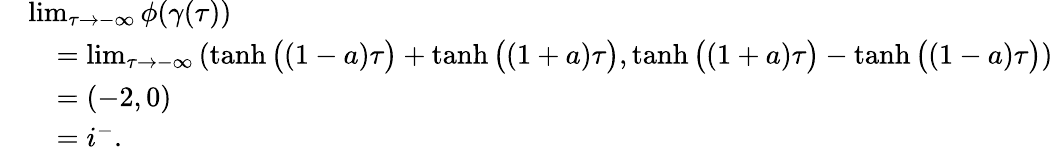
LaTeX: \begin{array}{rl}&{\operatorname*{lim}_{\tau\to-\infty}\phi(\gamma(\tau))}\\ &{\quad=\operatorname*{lim}_{\tau\to-\infty}\left(\operatorname{tanh}\big((1-a)\tau\big)+\operatorname{tanh}\big((1+a)\tau\big),\operatorname{tanh}\big((1+a)\tau\big)-\operatorname{tanh}\big((1-a)\tau\big)\right)}\\ &{\quad=(-2,0)}\\ &{\quad=i^{-}.}\end{array}